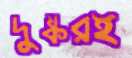
দুষ্করই